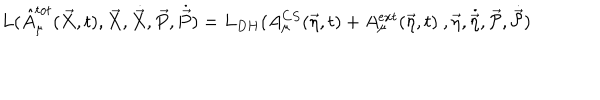
L ( \hat { A } _ { \mu } ^ { t o t } ( \vec { X } , t ) , \vec { X } , \dot { \vec { X } } , \vec { P } , \dot { \vec { P } } ) = L _ { D H } ( A _ { \mu } ^ { C S } ( \vec { \eta } , t ) + A _ { \mu } ^ { e x t } ( \vec { \eta } , t ) \ , \vec { \eta } , \dot { \vec { \eta } } , \vec { \cal { P } } , \dot { \vec { \cal { P } } } )